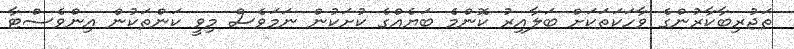
ތަޖުރިބާކާރުންގެ ވާހަކަތަކަށް ބަލާއިރު ކޮންމެ ބަޔެއްގެ ކުށަކުން ނަމަވެސް މިވީ ކަންތަކުން އިންވެސްޓާ